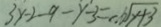
3 y - 2 - 9 - y - 3 = - . \sqrt { y + 3 }